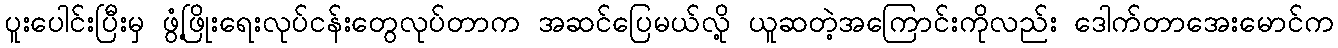
ပူးပေါင်းပြီးမှ ဖွံ့ဖြိုးရေးလုပ်ငန်းတွေလုပ်တာက အဆင်ပြေမယ်လို့ ယူဆတဲ့အကြောင်းကိုလည်း ဒေါက်တာအေးမောင်က